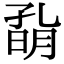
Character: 𡦀